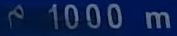
1000 m